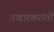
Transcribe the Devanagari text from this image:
वखारकरांती